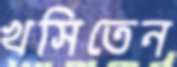
খসিতেন